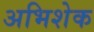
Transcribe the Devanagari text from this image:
अभिशेक